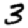
Digit: 3